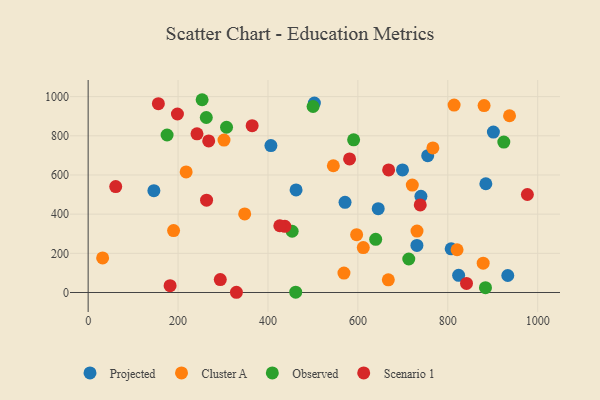
{"axis": {"x": "Price", "y": "Rating"}, "legend": ["Cluster A", "Observed", "Projected", "Scenario 1"], "data": [{"x": "740.2", "y": 491.5, "type": "Projected"}, {"x": "884.6", "y": 555.3, "type": "Projected"}, {"x": "901.4", "y": 818.8, "type": "Projected"}, {"x": "755.3", "y": 698.5, "type": "Projected"}, {"x": "699.2", "y": 625.8, "type": "Projected"}, {"x": "406.5", "y": 750.0, "type": "Projected"}, {"x": "503.2", "y": 966.8, "type": "Projected"}, {"x": "731.3", "y": 240.6, "type": "Projected"}, {"x": "933.4", "y": 86.9, "type": "Projected"}, {"x": "571.4", "y": 460.2, "type": "Projected"}, {"x": "462.5", "y": 523.8, "type": "Projected"}, {"x": "824.1", "y": 87.5, "type": "Projected"}, {"x": "146.2", "y": 520.0, "type": "Projected"}, {"x": "645.2", "y": 427.9, "type": "Projected"}, {"x": "807.5", "y": 223.2, "type": "Projected"}, {"x": "878.7", "y": 149.9, "type": "Cluster A"}, {"x": "814.0", "y": 957.0, "type": "Cluster A"}, {"x": "937.3", "y": 902.2, "type": "Cluster A"}, {"x": "32.2", "y": 176.4, "type": "Cluster A"}, {"x": "820.6", "y": 218.2, "type": "Cluster A"}, {"x": "880.7", "y": 954.1, "type": "Cluster A"}, {"x": "731.5", "y": 313.4, "type": "Cluster A"}, {"x": "218.0", "y": 615.5, "type": "Cluster A"}, {"x": "721.0", "y": 548.4, "type": "Cluster A"}, {"x": "667.7", "y": 64.7, "type": "Cluster A"}, {"x": "302.2", "y": 778.3, "type": "Cluster A"}, {"x": "348.2", "y": 401.0, "type": "Cluster A"}, {"x": "612.0", "y": 229.3, "type": "Cluster A"}, {"x": "766.8", "y": 738.3, "type": "Cluster A"}, {"x": "597.2", "y": 295.0, "type": "Cluster A"}, {"x": "569.0", "y": 99.0, "type": "Cluster A"}, {"x": "190.0", "y": 316.0, "type": "Cluster A"}, {"x": "545.4", "y": 647.1, "type": "Cluster A"}, {"x": "453.8", "y": 312.8, "type": "Observed"}, {"x": "461.7", "y": 1.9, "type": "Observed"}, {"x": "500.3", "y": 949.4, "type": "Observed"}, {"x": "175.6", "y": 804.0, "type": "Observed"}, {"x": "713.2", "y": 171.1, "type": "Observed"}, {"x": "883.8", "y": 24.9, "type": "Observed"}, {"x": "590.5", "y": 779.2, "type": "Observed"}, {"x": "639.6", "y": 271.5, "type": "Observed"}, {"x": "924.6", "y": 767.9, "type": "Observed"}, {"x": "307.8", "y": 843.5, "type": "Observed"}, {"x": "262.8", "y": 893.4, "type": "Observed"}, {"x": "253.5", "y": 984.1, "type": "Observed"}, {"x": "364.8", "y": 851.4, "type": "Scenario 1"}, {"x": "263.4", "y": 471.2, "type": "Scenario 1"}, {"x": "268.1", "y": 774.0, "type": "Scenario 1"}, {"x": "738.7", "y": 447.1, "type": "Scenario 1"}, {"x": "242.1", "y": 809.9, "type": "Scenario 1"}, {"x": "437.6", "y": 337.8, "type": "Scenario 1"}, {"x": "182.3", "y": 34.8, "type": "Scenario 1"}, {"x": "329.8", "y": 1.2, "type": "Scenario 1"}, {"x": "198.6", "y": 911.3, "type": "Scenario 1"}, {"x": "156.2", "y": 964.1, "type": "Scenario 1"}, {"x": "61.3", "y": 540.9, "type": "Scenario 1"}, {"x": "293.9", "y": 66.0, "type": "Scenario 1"}, {"x": "668.4", "y": 625.5, "type": "Scenario 1"}, {"x": "841.6", "y": 46.2, "type": "Scenario 1"}, {"x": "977.0", "y": 500.3, "type": "Scenario 1"}, {"x": "581.5", "y": 682.0, "type": "Scenario 1"}, {"x": "426.3", "y": 340.9, "type": "Scenario 1"}]}